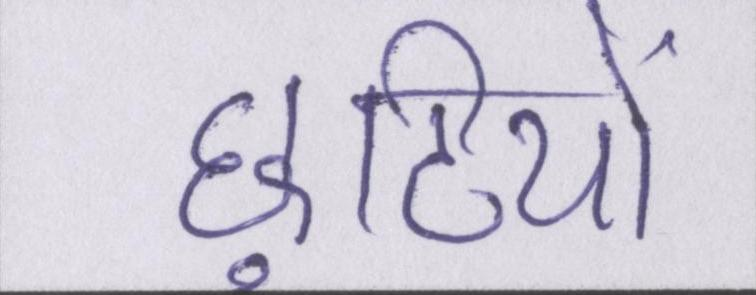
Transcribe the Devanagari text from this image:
छुटियों